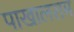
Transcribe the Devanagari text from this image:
पाखालराम